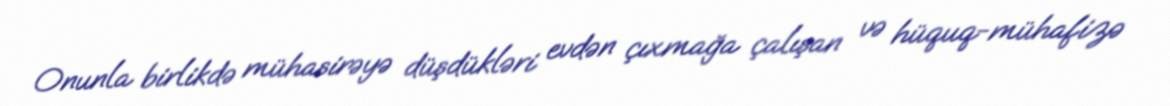
Onunla birlikdə mühasirəyə düşdükləri evdən çıxmağa çalışan və hüquq-mühafizə